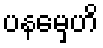
ပနမှေဟိ